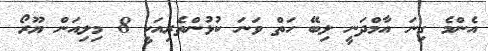
އެންމެ ގިނަ އާމްދަނީ ލިބޭ ހަތް ވަނަ ކުޅުންތެރިއަކީ 8 މިލިއަން ޔޫރޯ